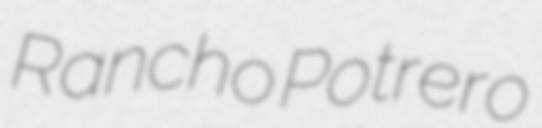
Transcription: Rancho Potrero